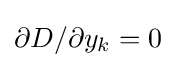
{\partial D/\partial y_{k}}=0